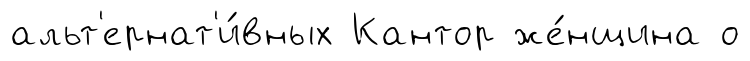
альт'ернат'и́вных Кантор же́нщина о